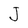
Character: J